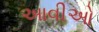
આવીઓ